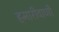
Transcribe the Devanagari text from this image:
हमारीवाणी